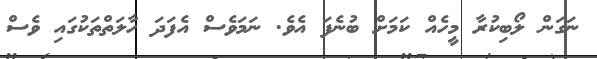
ނަގަން ލޯބިކުރާ މީހެއް ކަމަށް ބުނެފަ އެވެ. ނަމަވެސް އެފަދަ ހާލަތްތަކުގައި ވެސް